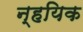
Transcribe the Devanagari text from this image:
न्हयिक